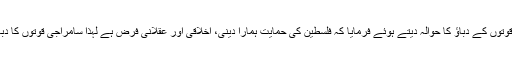
آپ نے مزیداسلامی جمہوریہ ایران کے خلاف سامراج قوتوں کے دباؤ کا حوالہ دیتے ہوئے فرمایا کہ فلسطین کی حمایت ہمارا دینی، اخلاقی اور عقلانی فرض ہے لہذا سامراجی قوتوں کا دباؤ ہمیں اس فرض کو نبھانے سے پیچھے نہیں ہٹا سکتا۔